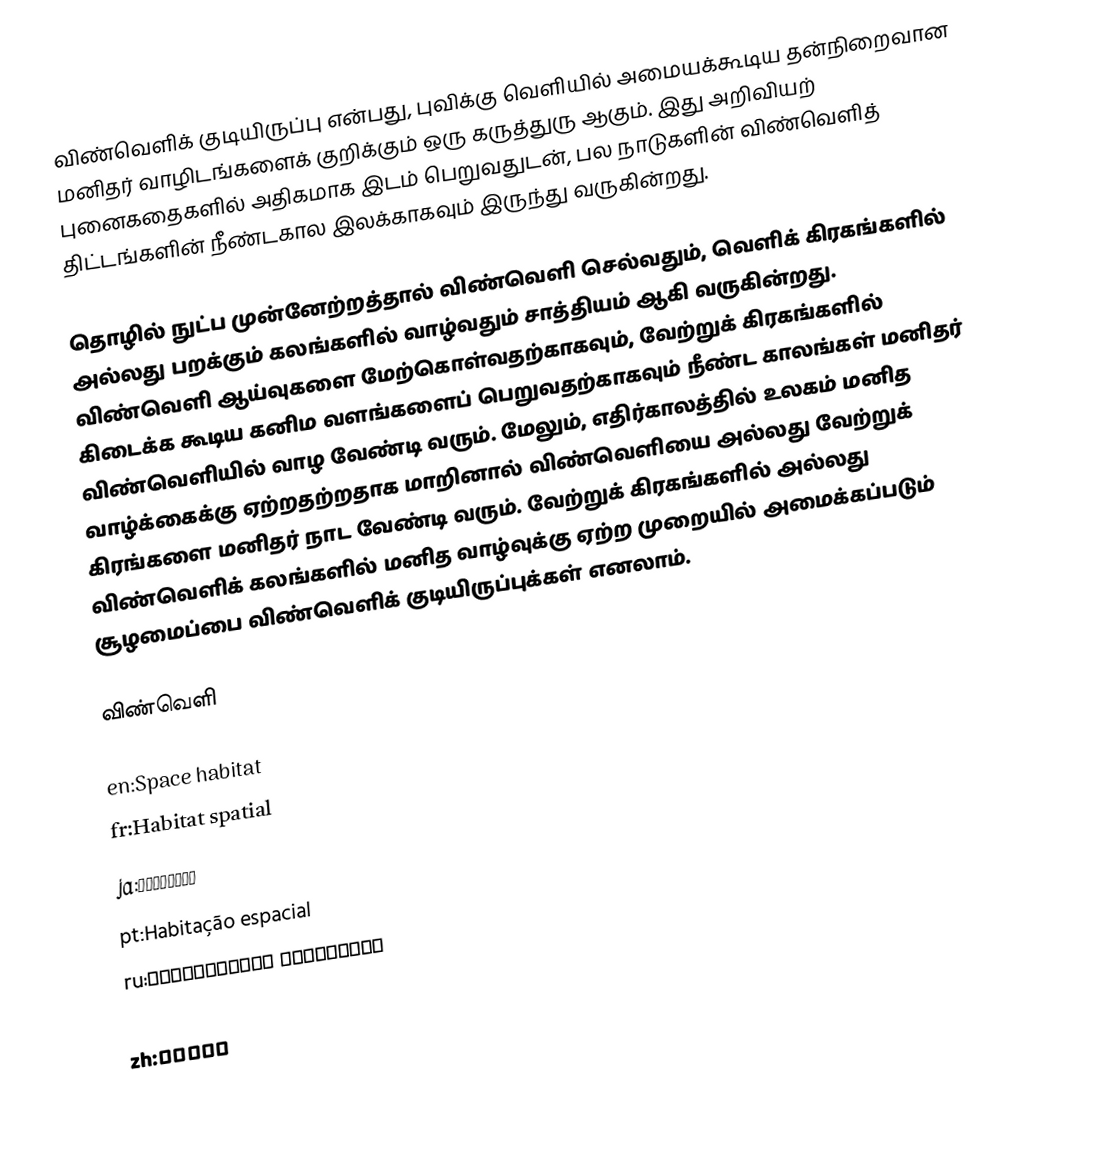
விண்வெளிக் குடியிருப்பு என்பது, புவிக்கு வெளியில் அமையக்கூடிய தன்நிறைவான மனிதர் வாழிடங்களைக் குறிக்கும் ஒரு கருத்துரு ஆகும். இது அறிவியற் புனைகதைகளில் அதிகமாக இடம் பெறுவதுடன், பல நாடுகளின் விண்வெளித் திட்டங்களின் நீண்டகால இலக்காகவும் இருந்து வருகின்றது.

தொழில் நுட்ப முன்னேற்றத்தால் விண்வெளி செல்வதும், வெளிக் கிரகங்களில் அல்லது பறக்கும் கலங்களில் வாழ்வதும் சாத்தியம் ஆகி வருகின்றது. விண்வெளி ஆய்வுகளை மேற்கொள்வதற்காகவும், வேற்றுக் கிரகங்களில் கிடைக்க கூடிய கனிம வளங்களைப் பெறுவதற்காகவும் நீண்ட காலங்கள் மனிதர் விண்வெளியில் வாழ வேண்டி வரும். மேலும், எதிர்காலத்தில் உலகம் மனித வாழ்க்கைக்கு ஏற்றதற்றதாக மாறினால் விண்வெளியை அல்லது வேற்றுக் கிரங்களை மனிதர் நாட வேண்டி வரும். வேற்றுக் கிரகங்களில் அல்லது விண்வெளிக் கலங்களில் மனித வாழ்வுக்கு ஏற்ற முறையில் அமைக்கப்படும் சூழமைப்பை விண்வெளிக் குடியிருப்புக்கள் எனலாம்.

விண்வெளி

en:Space habitat
fr:Habitat spatial
ja:スペースコロニー
pt:Habitação espacial
ru:Космическое поселение
uk:Космічне поселення
zh:宇宙殖民地